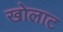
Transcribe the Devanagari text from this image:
खोलाट